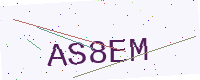
Text: AS8EM